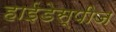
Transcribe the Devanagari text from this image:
हाईडेस्पीज